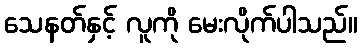
သေနတ်နှင့် လူကို မေးလိုက်ပါသည်။